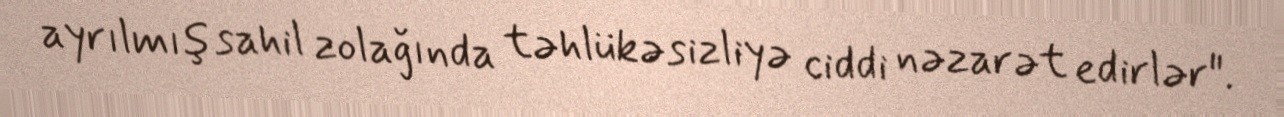
ayrılmış sahil zolağında təhlükəsizliyə ciddi nəzarət edirlər".